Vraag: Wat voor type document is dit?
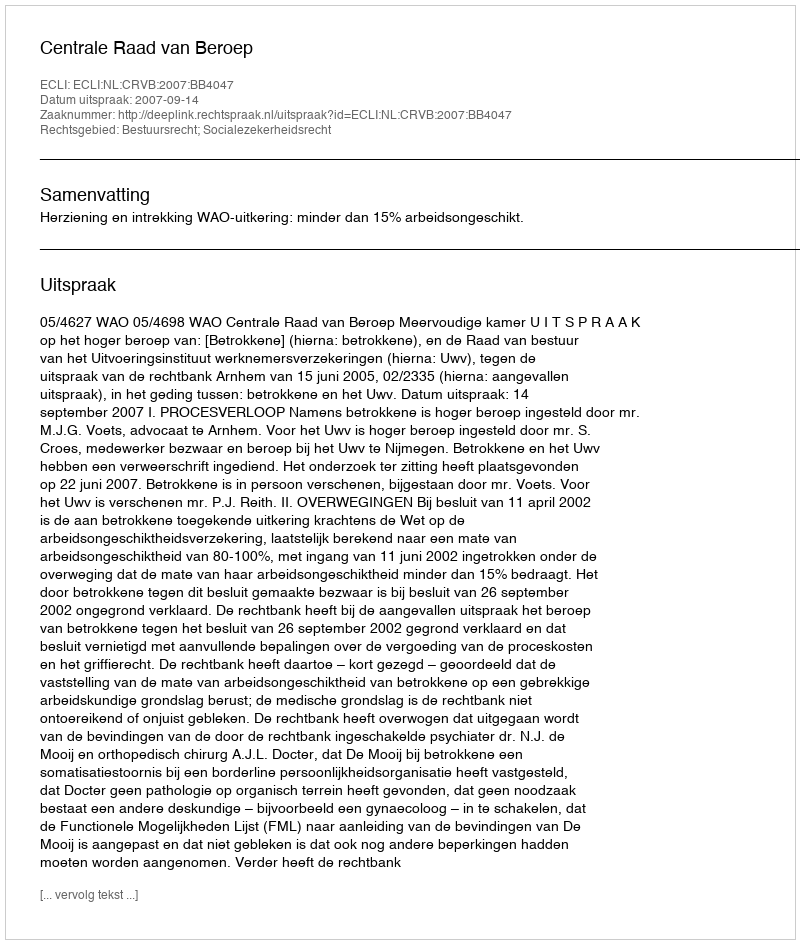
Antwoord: Uitspraak